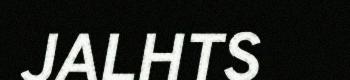
JALHTS